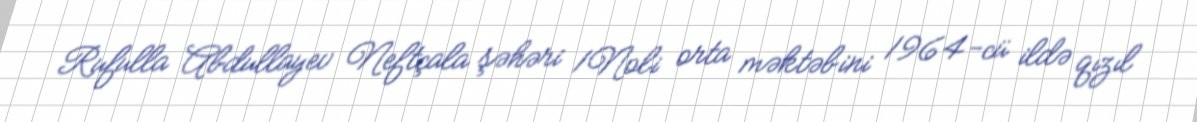
Rufulla Abdullayev Neftçala şəhəri 1№li orta məktəbini 1964-cü ildə qızıl